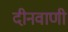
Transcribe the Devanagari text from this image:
दीनवाणी